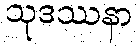
သုဒဿနာ